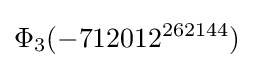
\Phi _{3}(-712012^{262144})